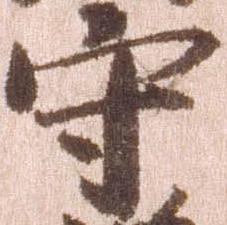
守